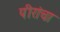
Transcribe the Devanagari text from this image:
पीरांचा